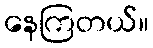
နေကြတယ်။